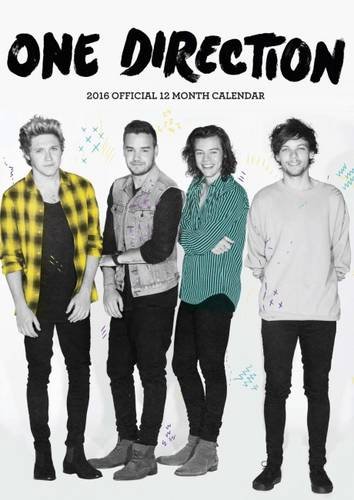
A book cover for The Official One Direction 2016 A3 Calendar; Calendars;